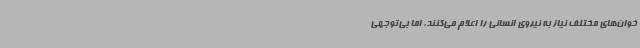
خوان‌های مختلف نیاز به نیروی انسانی را اعلام می‌کنند، اما بی‌توجهی